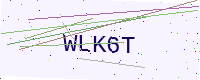
Text: WLK6T